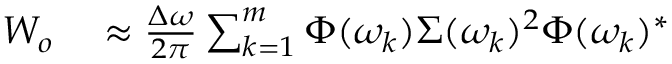
\begin{array} { r l } { \b { W _ { o } } } & { { } \approx \frac { \Delta \omega } { 2 \pi } \sum _ { k = 1 } ^ { m } \b { \Phi } ( \omega _ { k } ) \b { \Sigma } ( \omega _ { k } ) ^ { 2 } \b { \Phi } ( \omega _ { k } ) ^ { * } } \end{array}